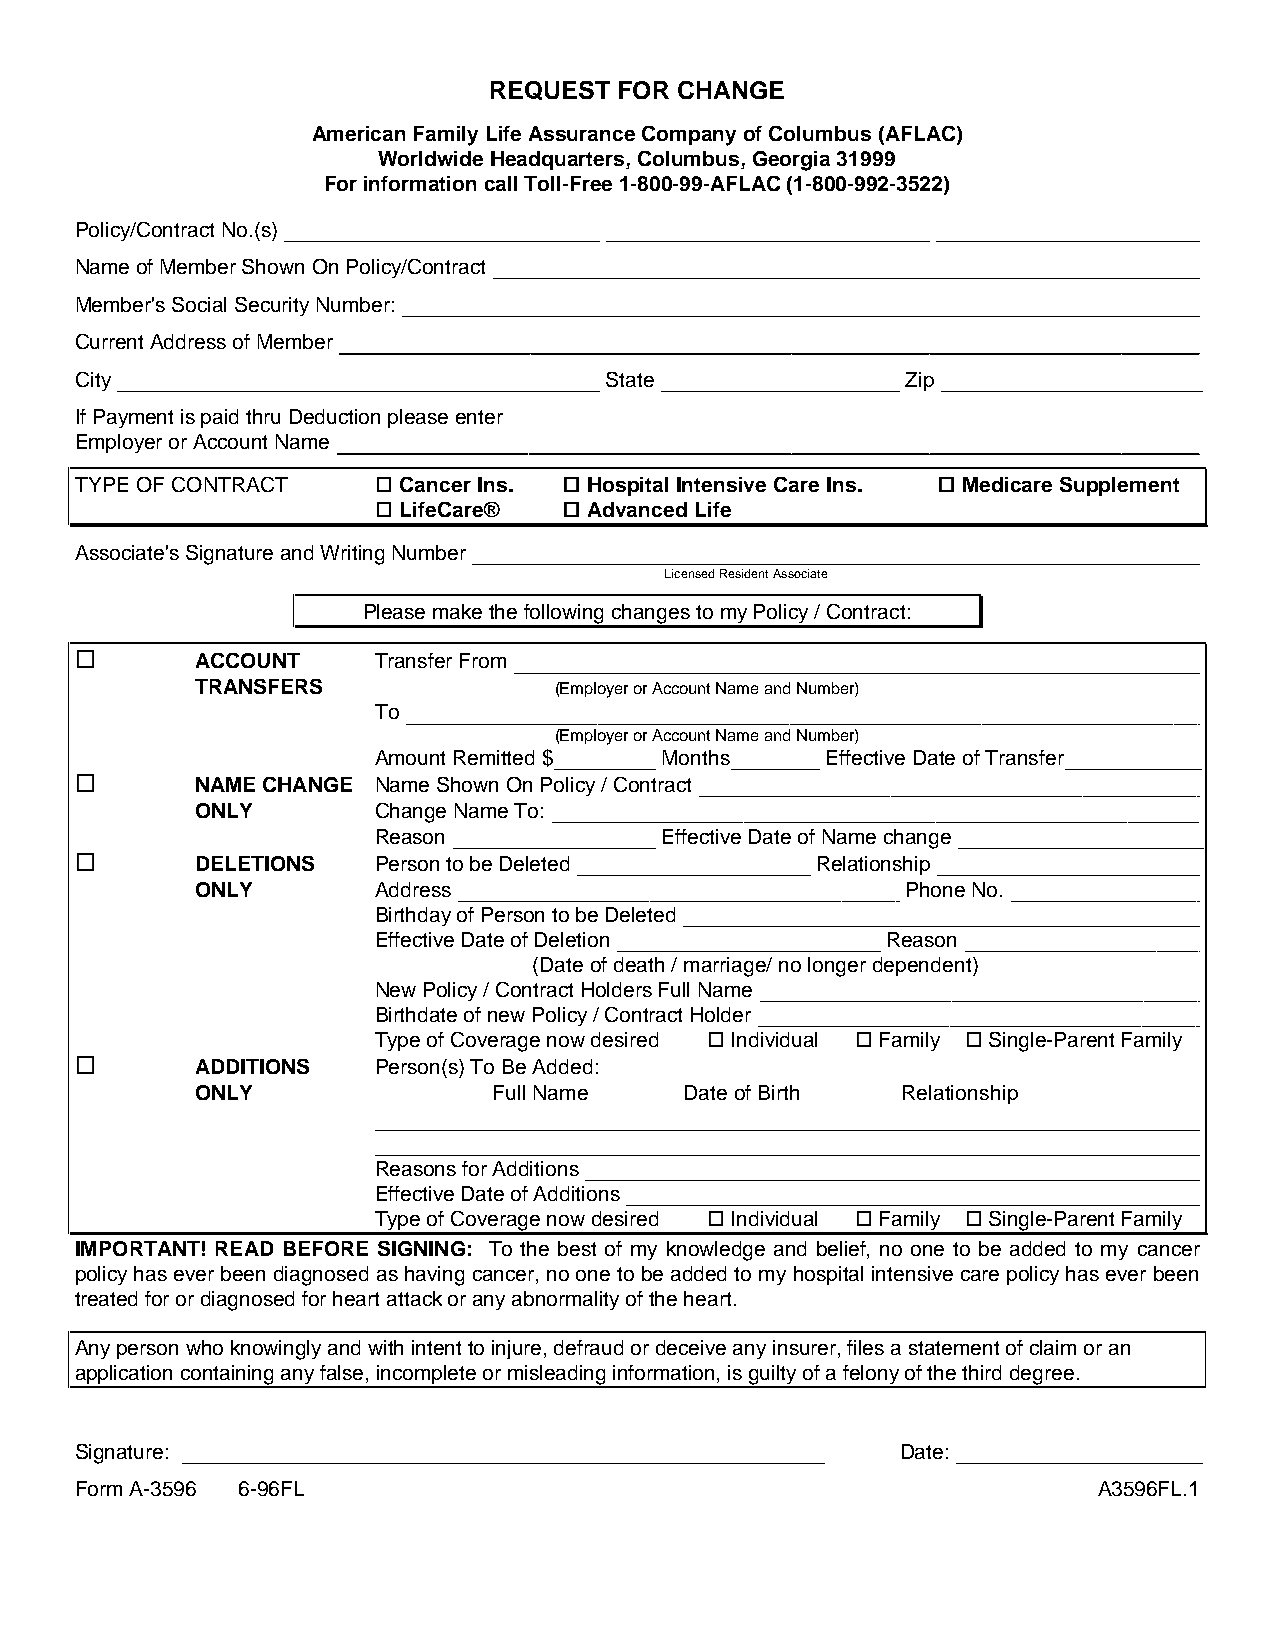
REQUEST  FOR CHANGE
 American Family Life Assurance Company of Columbus (AFLAC)
 Worldwide Headquarters, Columbus, Georgia 31999
 For information call Toll-Free 1-800-99-AFLAC (1-800-992-3522)
 Policy/Contract No.(s)
 Name of Member Shown On Policy/Contract
 Member's Social Security Number:
 Current Address of Member
 City                               State               Zip
 If Payment is paid thru Deduction please enter
 Employer or Account Name
 TYPE OF CONTRACT    ¤¤ Cancer Ins. ¤¤ Hospital Intensive Care Ins. ¤¤ Medicare Supplement
 ¤¤ LifeCare® ¤¤ Advanced Life
 Associate's Signature and Writing Number
 Licensed Resident Associate
 Please make the following changes to my Policy / Contract:
 ¤
 ACCOUNT     Transfer From
 TRANSFERS               (Employer or Account Name and Number)
 To
 (Employer or Account Name and Number)
 Amount Remitted $  Months     Effective Date of Transfer
 ¤
 NAME CHANGE Name Shown On Policy / Contract
 ONLY        Change Name To:
 Reason             Effective Date of Name change
 ¤
 DELETIONS   Person to be Deleted         Relationship
 ONLY        Address                            Phone No.
 Birthday of Person to be Deleted
 Effective Date of Deletion        Reason
 (Date of death / marriage/ no longer dependent)
 New Policy / Contract Holders Full Name
 Birthdate of new Policy / Contract Holder
 Type of Coverage now desired ¤ Individual ¤ Family ¤ Single-Parent Family
 ¤
 ADDITIONS   Person(s) To Be Added:
 ONLY                Full Name   Date of Birth  Relationship
 Reasons for Additions
 Effective Date of Additions
 Type of Coverage now desired ¤ Individual ¤ Family ¤ Single-Parent Family
 IMPORTANT! READ BEFORE SIGNING: To the best of my knowledge and belief, no one to be added to my cancer
 policy has ever been diagnosed as having cancer, no one to be added to my hospital intensive care policy has ever been
 treated for or diagnosed for heart attack or any abnormality of the heart.
 Any person who knowingly and with intent to injure, defraud or deceive any insurer, files a statement of claim or an
 application containing any false, incomplete or misleading information, is guilty of a felony of the third degree.
 Signature:                                             Date:
 Form A-3596 6-96FL                                                  A3596FL.1